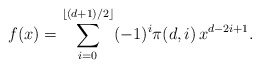
\begin{align*} f(x) = \sum_{i=0}^{\lfloor (d+1)/2 \rfloor} (-1)^i \pi (d,i)\, x^{d-2i+1}.\end{align*}